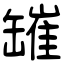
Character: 𦉎